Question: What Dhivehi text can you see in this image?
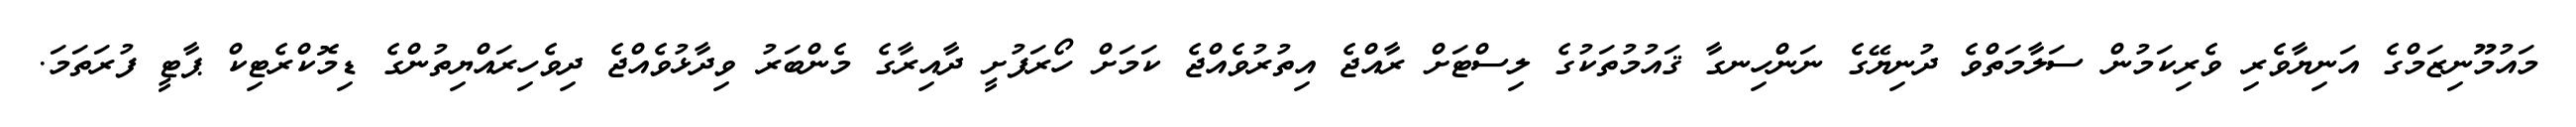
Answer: މައުމޫނިޒަމްގެ އަނިޔާވެރި ވެރިކަމުން ސަލާމަތްވެ ދުނިޔޭގެ ނަންހިނގާ ޤައުމުތަކުގެ ލިސްޓަށް ރާއްޖެ އިތުރުވެއްޖެ ކަމަށް ހޯރަފުށީ ދާއިރާގެ މެންބަރު ވިދާޅުވެއްޖެ ދިވެހިރައްޔިތުންގެ ޑިމޮކްރެޓިކް ޕާޓީ ފުރަތަމަ.